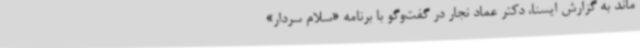
ماند به گزارش ایسنا، دکتر عماد نجار در گفت‌وگو با برنامه «سلام سردار»